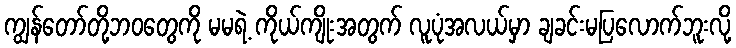
ကျွန်တော်တို့ဘဝတွေကို မမရဲ့ ကိုယ်ကျိုးအတွက် လူပုံအလယ်မှာ ချခင်းမပြလောက်ဘူးလို့